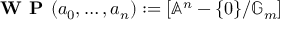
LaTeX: { \textbf { W P } } ( a _ { 0 } , \ldots , a _ { n } ) : = [ \mathbb { A } ^ { n } - \{ 0 \} / \mathbb { G } _ { m } ]